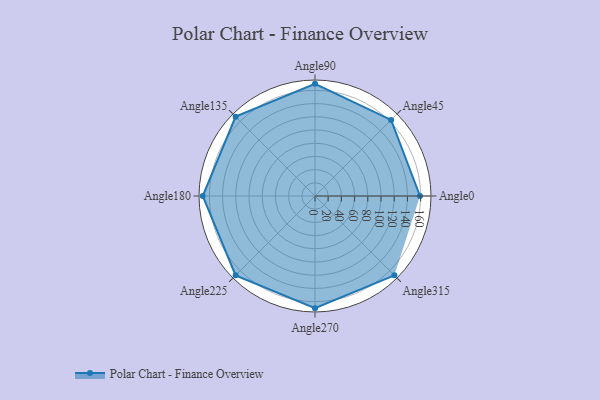
{"axis": {"x": "Angle", "y": "Radius"}, "legend": [""], "data": [{"x": "Angle0", "y": 159.0, "type": ""}, {"x": "Angle45", "y": 163.0, "type": ""}, {"x": "Angle90", "y": 170, "type": ""}, {"x": "Angle135", "y": 170, "type": ""}, {"x": "Angle180", "y": 170, "type": ""}, {"x": "Angle225", "y": 170, "type": ""}, {"x": "Angle270", "y": 170, "type": ""}, {"x": "Angle315", "y": 170, "type": ""}]}